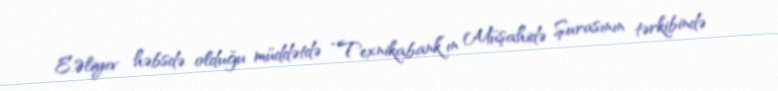
E.Əliyev həbsdə olduğu müddətdə “Texnikabank”ın Müşahidə Şurasının tərkibində